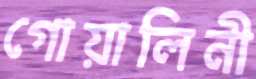
গোয়ালিনী